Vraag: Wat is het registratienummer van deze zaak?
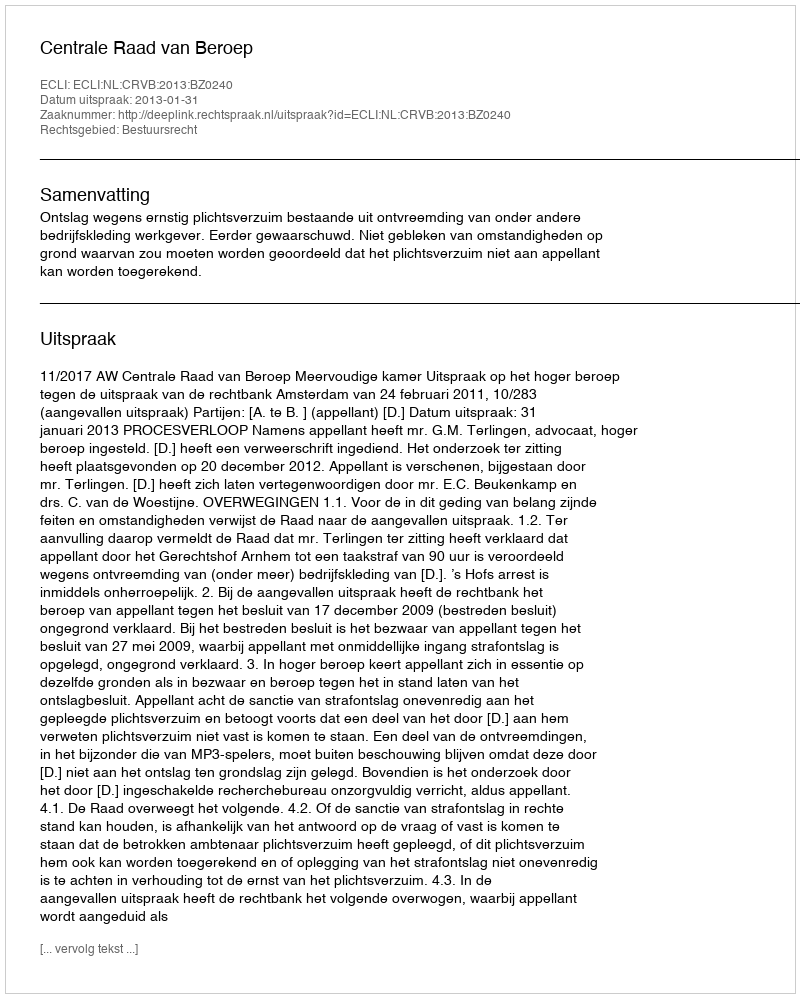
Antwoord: http://deeplink.rechtspraak.nl/uitspraak?id=ECLI:NL:CRVB:2013:BZ0240